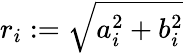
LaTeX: r_{i}:=\sqrt{a_{i}^{2}+b_{i}^{2}}